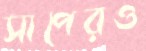
সাপেরও